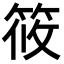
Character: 筱